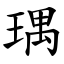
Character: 㻦